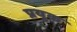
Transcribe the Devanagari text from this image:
प्रयुक